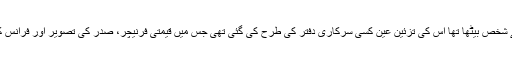
جس کمرے میں وزیر کا نقاب اوڑھے شخص بیٹھا تھا اس کی تزئین عین کسی سرکاری دفتر کی طرح کی گئی تھی جس میں قیمتی فرنیچر، صدر کی تصویر اور فرانس کا پرچم بطورِ خاص نمایاں کیا گیا تھا۔